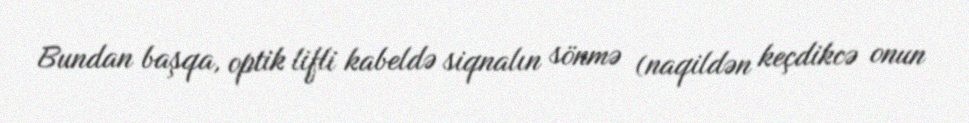
Bundan başqa, optik lifli kabeldə siqnalın sönmə (naqildən keçdikcə onun